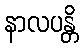
နာလပန္တိ